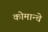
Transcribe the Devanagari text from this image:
कोमान्चे